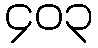
၄၀၃